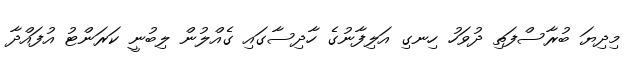
މިދިޔަ ބުރާސްފަތި ދުވަހު ހިނގި އަލިފާނުގެ ހާދިސާގައި ގެއްލުން ލިބުނީ ކަރަންޓު އުފައްދާ